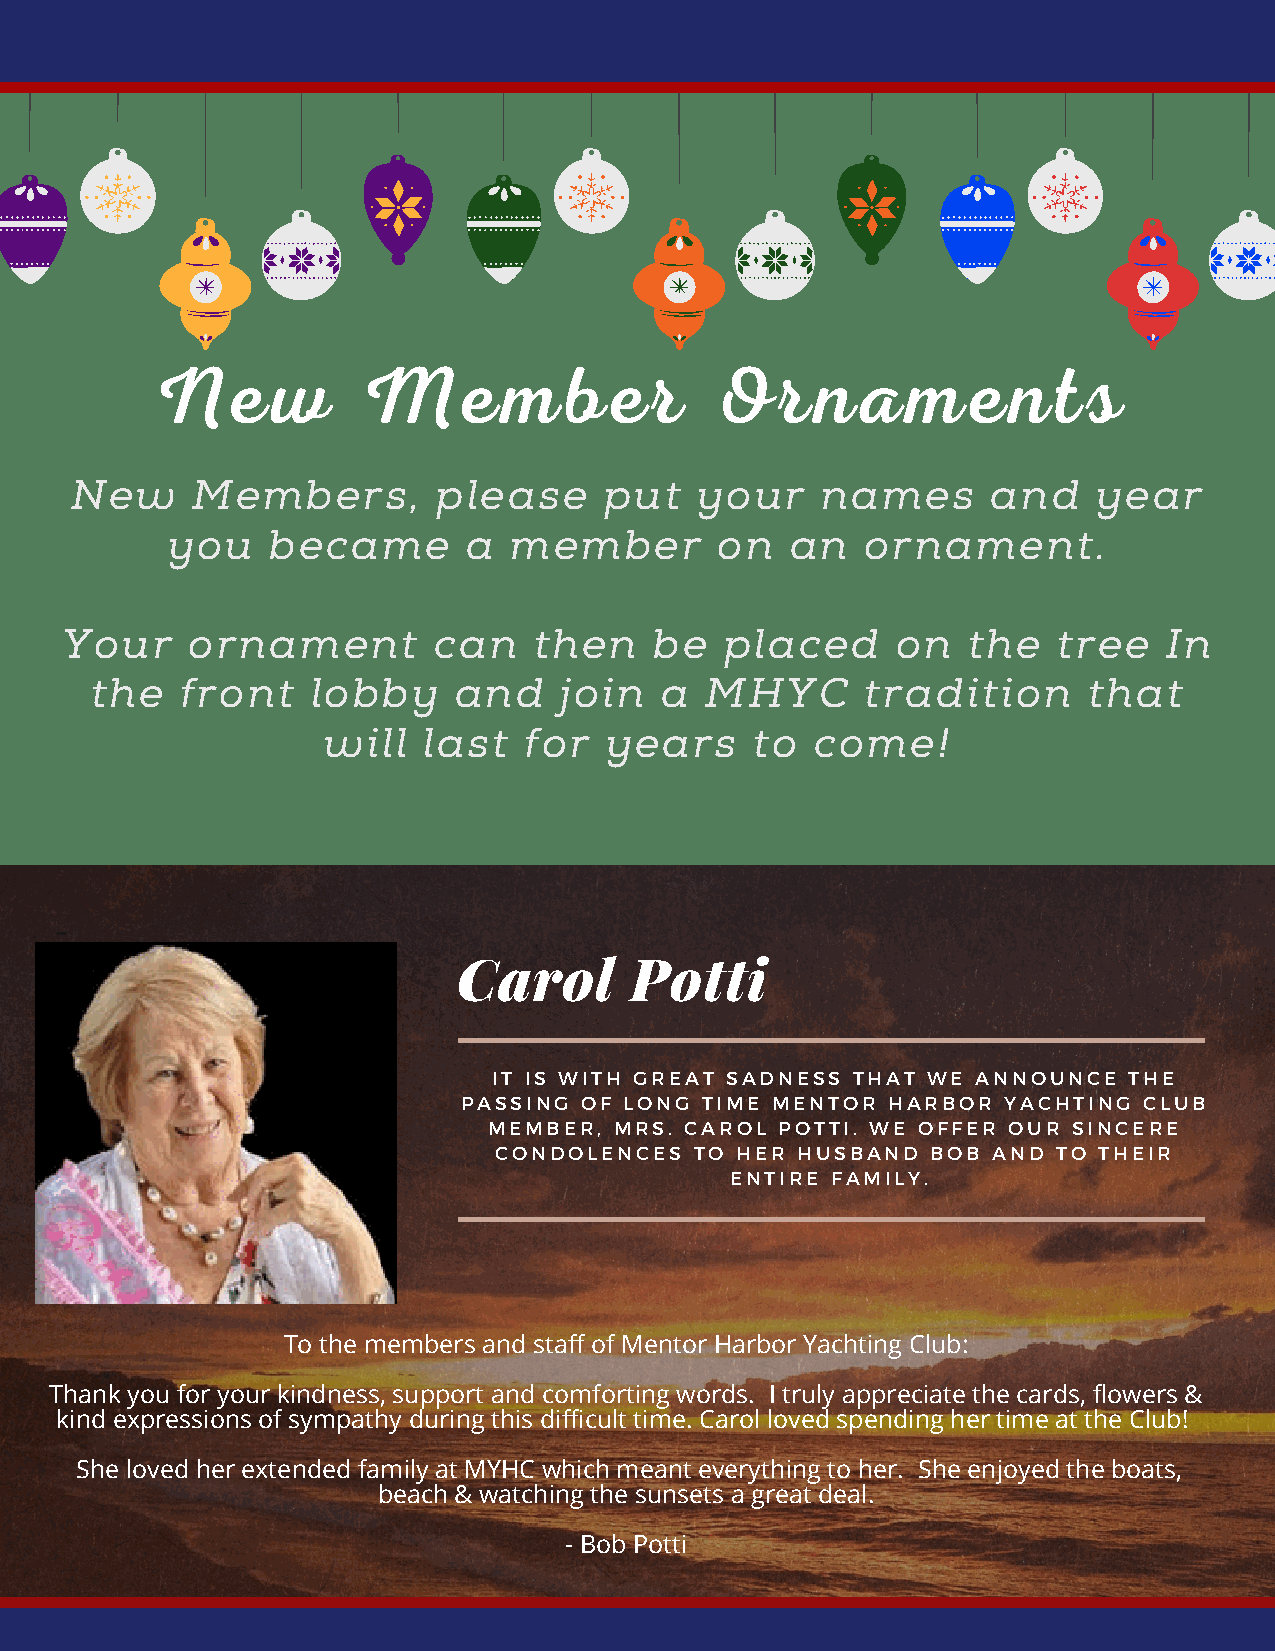
New           Member                 Ornaments
 New     Members,        please     put   your    names       and    year
 you    became       a  member       on   an   ornament.
 Your    ornament         can   then    be   placed     on   the   tree   In
 the   front    lobby    and    join   a  MHYC      tradition      that
 will   last   for  years     to  come!
 Carol       Potti
 IT IS WITH GREAT SADNESS THAT WE ANNOUNCE THE
 PASSING OF LONG TIME MENTOR HARBOR YACHTING  CLUB
 MEMBER,  MRS. CAROL POTTI. WE OFFER OUR SINCERE
 CONDOLENCES  TO HER HUSBAND  BOB AND TO THEIR
 ENTIRE FAMILY.
 To the members and staff of Mentor Harbor Yachting Club:
 Thank you for your kindness, support and comforting words. I truly appreciate the cards, flowers &
 kind expressions of sympathy during this difficult time. Carol loved spending her time at the Club!
 She loved her extended family at MYHC which meant everything to her. She enjoyed the boats,
 beach & watching the sunsets a great deal.
 - Bob Potti